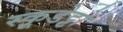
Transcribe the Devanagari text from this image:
स्कूडेट्टो